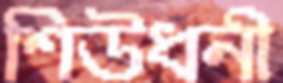
শিউধনী